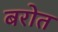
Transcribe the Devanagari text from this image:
बरोत